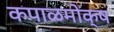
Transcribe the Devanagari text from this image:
कपाळमोक्ष